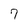
Character: 7